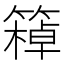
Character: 𥴙